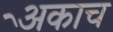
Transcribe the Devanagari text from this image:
अेकाच